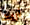
أريد